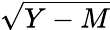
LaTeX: \sqrt{Y-M}